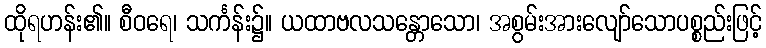
ထိုရဟန်း၏။ စီဝရေ၊ သင်္ကန်း၌။ ယထာဗလသန္တောသော၊ အစွမ်းအားလျော်သောပစ္စည်းဖြင့်